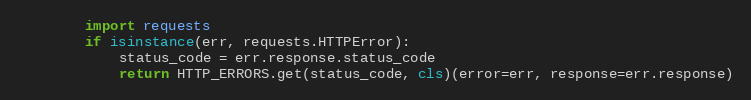
Language: Python
        import requests
        if isinstance(err, requests.HTTPError):
            status_code = err.response.status_code
            return HTTP_ERRORS.get(status_code, cls)(error=err, response=err.response)